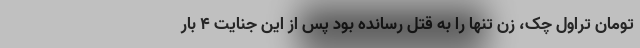
تومان تراول چک، زن تنها را به قتل رسانده بود پس از این جنایت ۴ بار